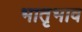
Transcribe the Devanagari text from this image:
भातृभाव